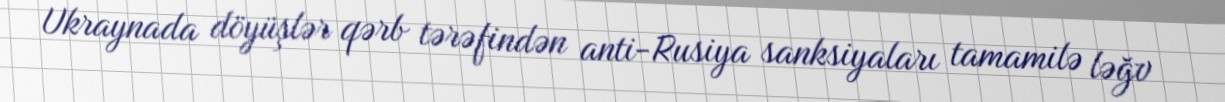
Ukraynada döyüşlər qərb tərəfindən anti-Rusiya sanksiyaları tamamilə ləğv